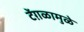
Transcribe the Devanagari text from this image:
टेंग़ळामुळे